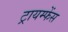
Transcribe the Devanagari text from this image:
ट्रायम्फेंस